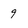
Character: 9